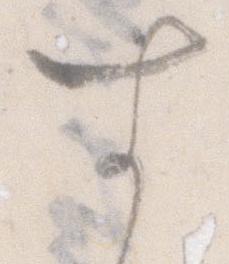
す